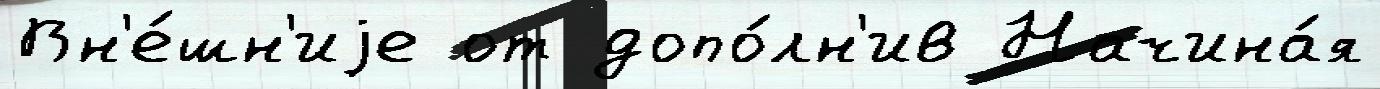
Вн'е́шн'иjе от допо́лн'ив Начина́я